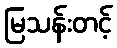
မြသန်းတင့်